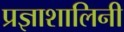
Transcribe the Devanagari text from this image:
प्रज्ञाशालिनी